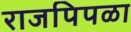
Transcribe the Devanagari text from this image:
राजपिपळा